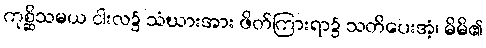
ကုစ္ဆိသမယ ငါးလ၌ သံဃားအား ဖိတ်ကြားရာ၌ သတိပေးအံ့၊ မိမိ၏